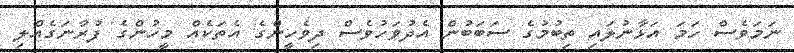
ނަމަވެސް ހަމަ އަޅާނުލައި ތިބުމުގެ ސަބަބުން އެދުވަހުވެސް ދިވެހީންގެ އެތަކެއް މީހުންގެ ފުރާނަގެއްލި